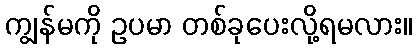
ကျွန်မကို ဥပမာ တစ်ခုပေးလို့ရမလား။